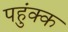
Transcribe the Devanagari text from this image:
पहुंक्क